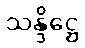
သန္ဒိဋ္ဌေ